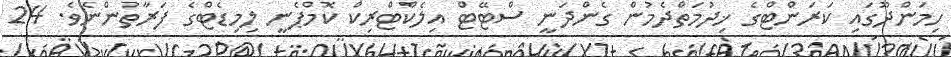
ހިމަންދޫގައި ކަރަންޓްގެ ޚިދުމަތްދެމުން ގެންދަނީ ސްޓޭޓް އިލެކްޓްރިކް ކޮމްޕެނީ ލިމިޑެޓްގެ ފަރާތުންނެވެ. 24